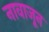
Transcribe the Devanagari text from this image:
नावाजून